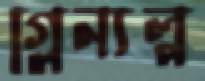
গ্লেন্যল্প